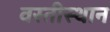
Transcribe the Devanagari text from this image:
वस्तीस्थान